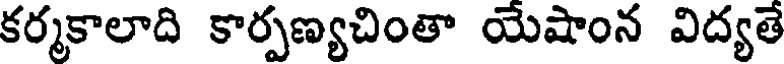
కర్మకాలాది కార్పణ్యచింతా యేషాంన విద్యతే